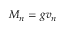
M _ { n } = g v _ { n }